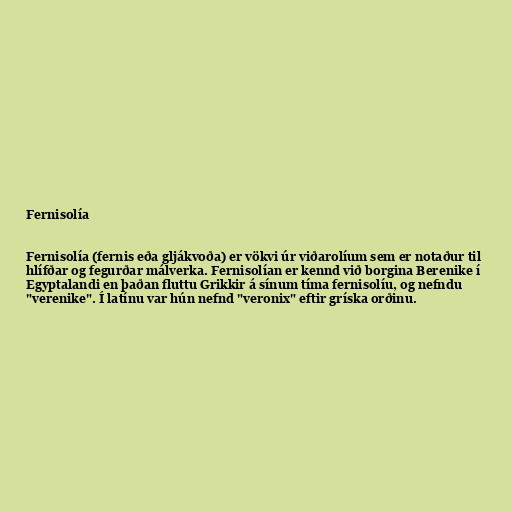
Fernisolía

Fernisolía (fernis eða gljákvoða) er vökvi úr viðarolíum sem er notaður til
hlífðar og fegurðar málverka. Fernisolían er kennd við borgina Berenike í
Egyptalandi en þaðan fluttu Grikkir á sínum tíma fernisolíu, og nefndu
"verenike". Í latínu var hún nefnd "veronix" eftir gríska orðinu.